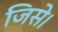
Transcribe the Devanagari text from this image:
जिसे।